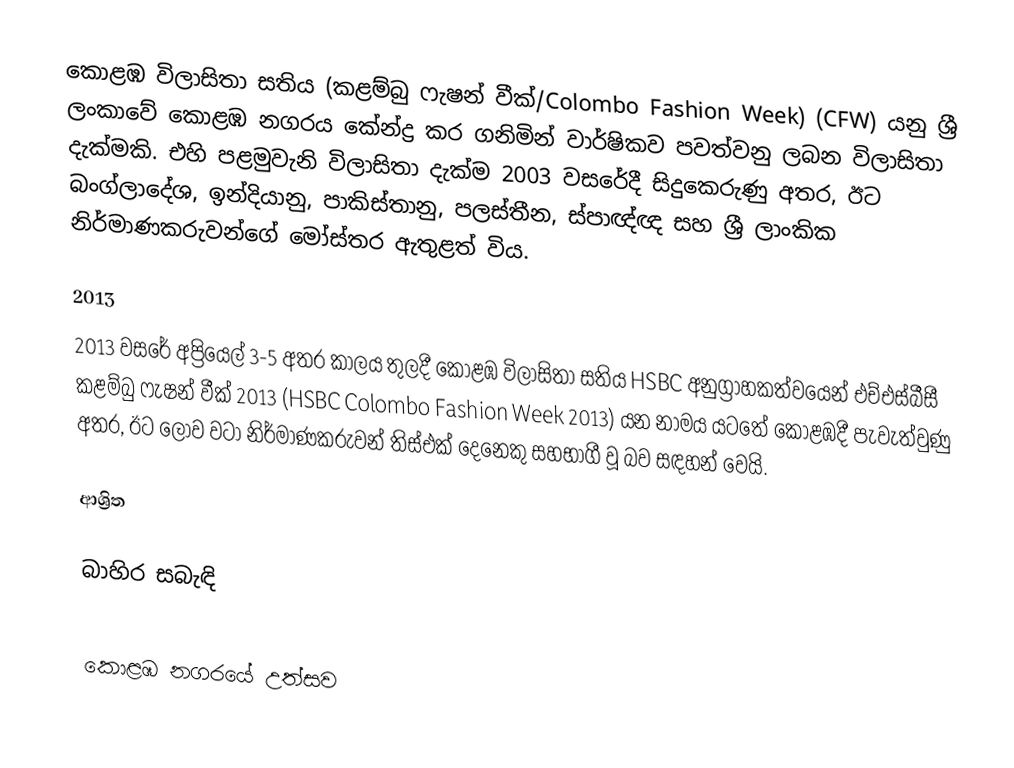
කොළඹ විලාසිතා සතිය (කළම්බු ෆැෂන් වීක්/Colombo Fashion Week) (CFW) යනු ශ්‍රී ලංකාවේ කොළඹ නගරය කේන්ද්‍ර කර ගනිමින් වාර්ෂිකව පවත්වනු ලබන විලාසිතා දැක්මකි. එහි පළමුවැනි විලාසිතා දැක්ම 2003 වසරේදී සිදුකෙරුණු අතර, ඊට බංග්ලාදේශ, ඉන්දියානු, පාකිස්තානු, පලස්තීන, ස්පාඥ්ඥ සහ ශ්‍රී ලාංකික නිර්මාණකරුවන්ගේ මෝස්තර ඇතුළත් විය.

2013
2013 වසරේ අප්‍රියෙල් 3-5 අතර කාලය තුලදී කොළඹ විලාසිතා සතිය HSBC අනුග්‍රාහකත්වයෙන් එච්එස්බීසී කළම්බු ෆැෂන් වීක් 2013 (HSBC Colombo Fashion Week 2013) යන නාමය යටතේ කොළඹදී පැවැත්වුණු අතර, ඊට ලොව වටා නිර්මාණකරුවන් තිස්එක් දෙනෙකු සහභාගී වූ බව සඳහන් වෙයි.

ආශ්‍රිත

බාහිර සබැඳි

කොළඹ නගරයේ උත්සව